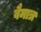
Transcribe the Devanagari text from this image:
वैमात्र